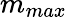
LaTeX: m_{max}